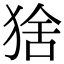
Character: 猞